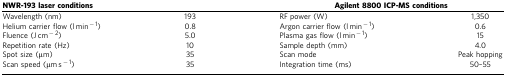
<table><thead><tr><td><b>NWR-193 laser conditions</b></td><td><b> </b></td><td colspan="2"><b>Agilent 8800 ICP-MS conditions</b></td></tr></thead><tbody><tr><td>Wavelength (nm)</td><td>193</td><td>RF power (W)</td><td>1,350</td></tr><tr><td>Helium carrier flow (l min<sup>−1</sup>)</td><td>0.8</td><td>Argon carrier flow (l min<sup>−1</sup>)</td><td>0.6</td></tr><tr><td>Fluence (J cm<sup>−2</sup>)</td><td>5.0</td><td>Plasma gas flow (l min<sup>−1</sup>)</td><td>15</td></tr><tr><td>Repetition rate (Hz)</td><td>10</td><td>Sample depth (mm)</td><td>4.0</td></tr><tr><td>Spot size (μm)</td><td>35</td><td>Scan mode</td><td>Peak hopping</td></tr><tr><td>Scan speed (μm s<sup>−1</sup>)</td><td>35</td><td>Integration time (ms)</td><td>50–55</td></tr></tbody></table>